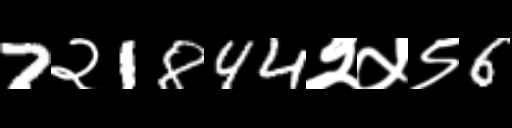
Text: 7२1844२५९6